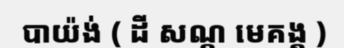
បាយ៉ង់ ( ដី សណ្ត មេគង្គ )